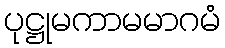
ပုဋ္ဌုမကာမမာဂမံ